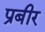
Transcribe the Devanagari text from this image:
प्रबीर